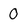
Character: 0